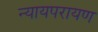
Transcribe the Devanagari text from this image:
न्यायपरायण